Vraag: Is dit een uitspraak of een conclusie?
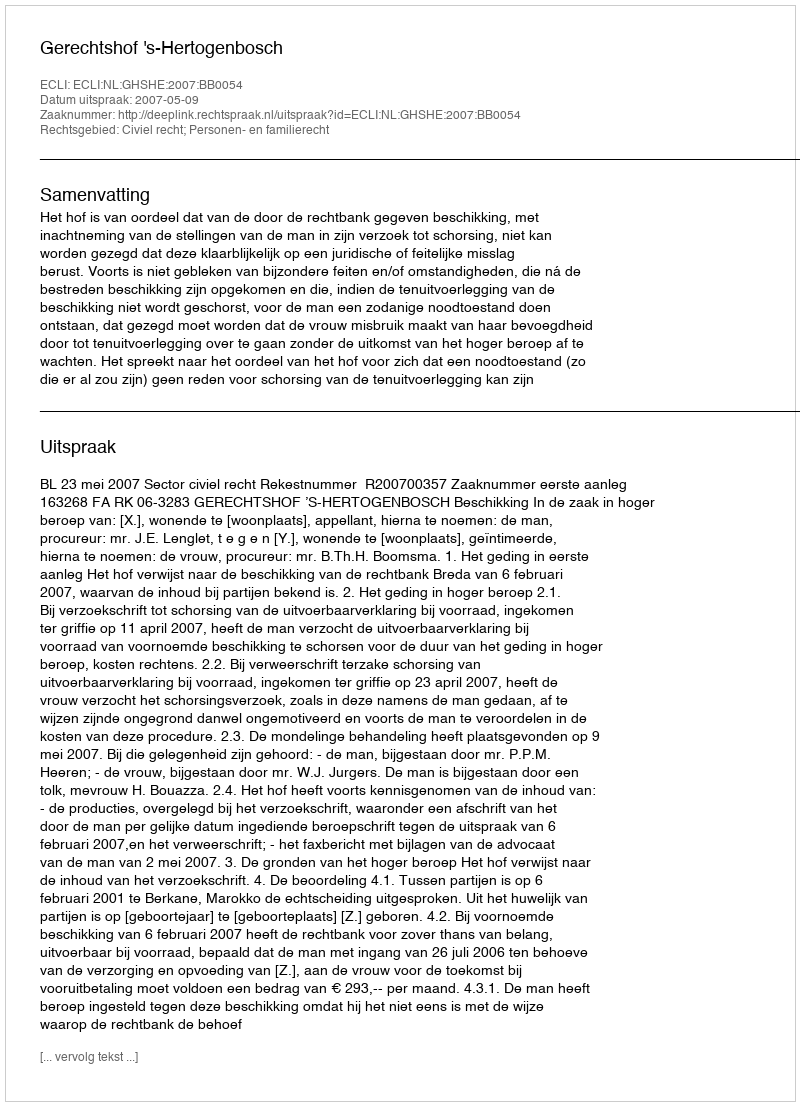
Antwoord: Uitspraak